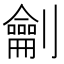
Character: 𭄜